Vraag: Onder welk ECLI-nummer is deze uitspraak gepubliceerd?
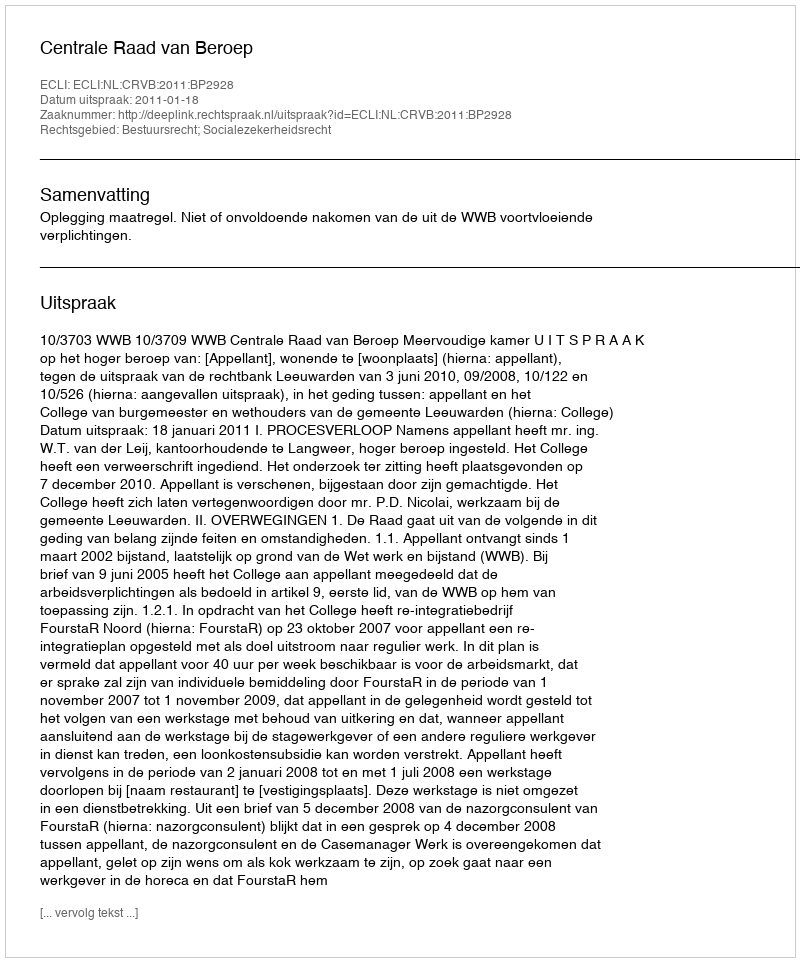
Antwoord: ECLI:NL:CRVB:2011:BP2928